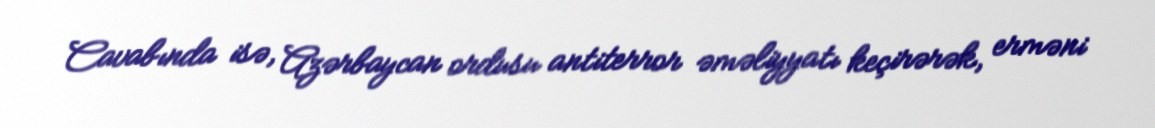
Cavabında isə, Azərbaycan ordusu antiterror əməliyyatı keçirərək, erməni